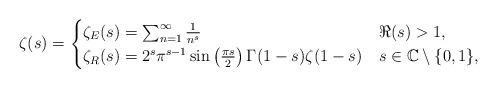
LaTeX: \begin{align*}\zeta(s) = \begin{cases}\zeta_E(s) = \sum_{n=1}^\infty \frac{1}{n^s} & \Re(s)>1,\\\zeta_R(s) = 2^s\pi^{s-1}\sin\left(\frac{\pi s}{2}\right)\Gamma(1-s)\zeta(1-s) & s\in\mathbb{C}\setminus\lbrace 0,1\rbrace, \end{cases}\end{align*}